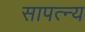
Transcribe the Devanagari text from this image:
सापत्न्य